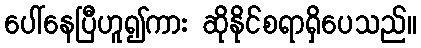
ပေါ်နေပြီဟူ၍ကား ဆိုနိုင်စရာရှိပေသည်။